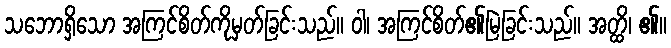
သဘောရှိသော အကြင်စိတ်ကိုမှတ်ခြင်းသည်။ ဝါ၊ အကြင်စိတ်၏မြဲခြင်းသည်။ အတ္ထိ၊ ၏။